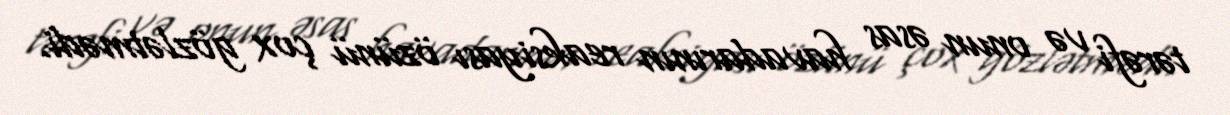
tərəfi və onun əsas havadarının reaksiyası özünü çox gözlətmədi.